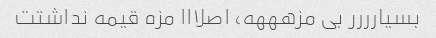
بسیارررر بی مزهههه، اصلااا مزه قیمه نداشتت